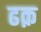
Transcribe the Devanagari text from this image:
ढक़